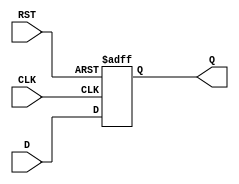
module FlipFlopRegister #(
    parameter WIDTH = 8  // Parameter to define the width of the register
)(
    input  wire [WIDTH-1:0] D,   // Data input
    input  wire CLK,               // Clock signal
    input  wire RST,               // Asynchronous reset
    output reg  [WIDTH-1:0] Q      // Data output
);

    // Always block triggered by the clock and reset
    always @(posedge CLK or posedge RST) begin
        if (RST) begin
            Q <= {WIDTH{1'b0}};       // Reset all bits to 0
        end else begin
            Q <= D;                  // Load data on clock edge
        end
    end

endmodule